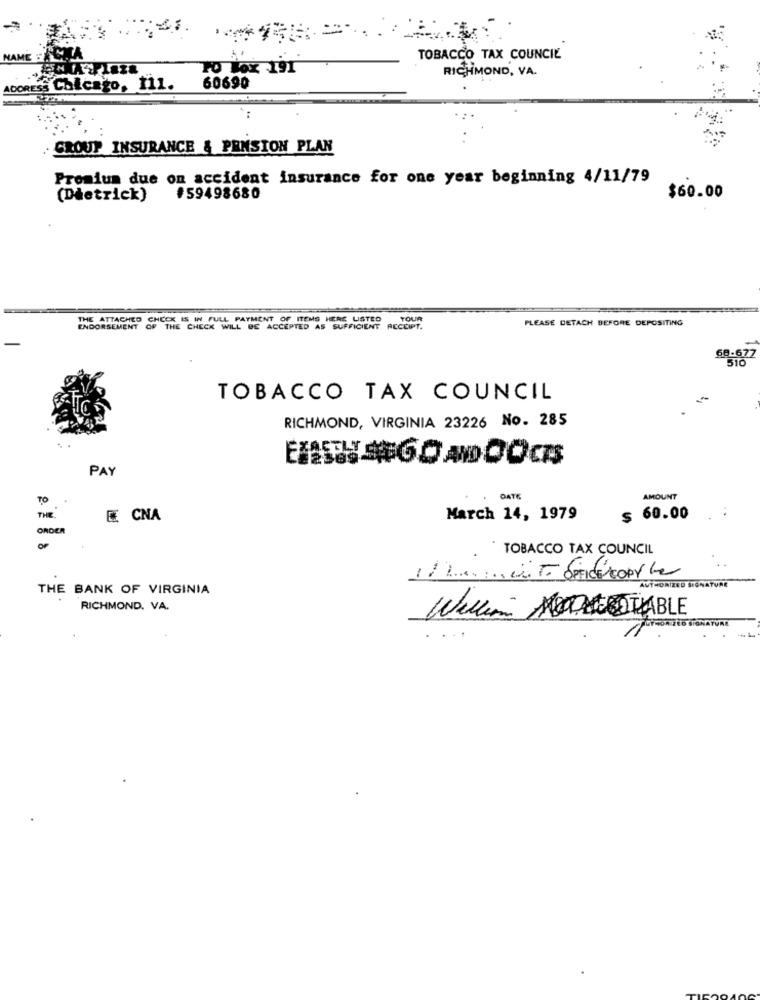
NAME
TOBACCO TAX COUNCIL
TO Box 191
RICHMOND, VA.
IMOR
ADORESS Chicago, 111.
60690
CROUP INSURANCE & PENSION PLAN
Premium due on accident insurance for one year beginning 4/11/79
(Dietrick)
#59498680
$60.00
THE ATTACHED CHECK IS IN FULL PAYMENT OF ITEMS HERE USTED
TOUR
PLEASE DETACH BEFORE DEPOSITING
ENDORSEMENT
OF THE CHECK WILL BE ACCEPTED AS SUFFICIENT RECEIPT.
68.677
510
TOBACCO TAX COUNCIL
-
RICHMOND, VIRGINIA 23226 No. 285
TEL :60 ADOOCAS
PAY
TO
OAT
AMOUNT
THE
E CNA
March 14, 1979
$ 60.00
ORDER
TOBACCO TAX COUNCIL
THE BANK OF VIRGINIA
AUTHORIZED SIGNATURE
RICHMOND. VA.
Willing TABLE
WILO SIGNATURE